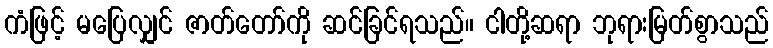
ကံဖြင့် မပြေလျှင် ဇာတ်တော်ကို ဆင်ခြင်ရသည်။ ငါတို့ဆရာ ဘုရားမြတ်စွာသည်